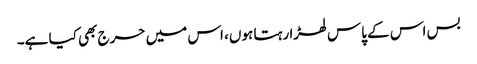
بس اس کے پاس لھڑا رہتا ہوں، اس میں حرج بھی کیا ہے۔